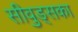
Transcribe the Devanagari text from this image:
सीवुड्सका